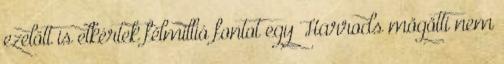
ezelőtt is elkértek félmillió fontot egy Harrods mögötti nem